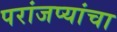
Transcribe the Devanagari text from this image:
परांजप्यांचा